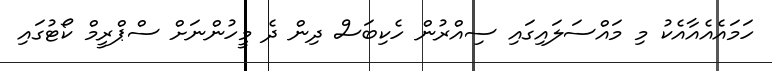
ހަމައެއެއާއެކު މި މައްސަލައިގައި ސިއްރުން ހެކިބަސް ދިން ދެ މީހުންނަށް ސްޕްރީމް ކޯޓުގައި